Report on lock hospitals in British Burma
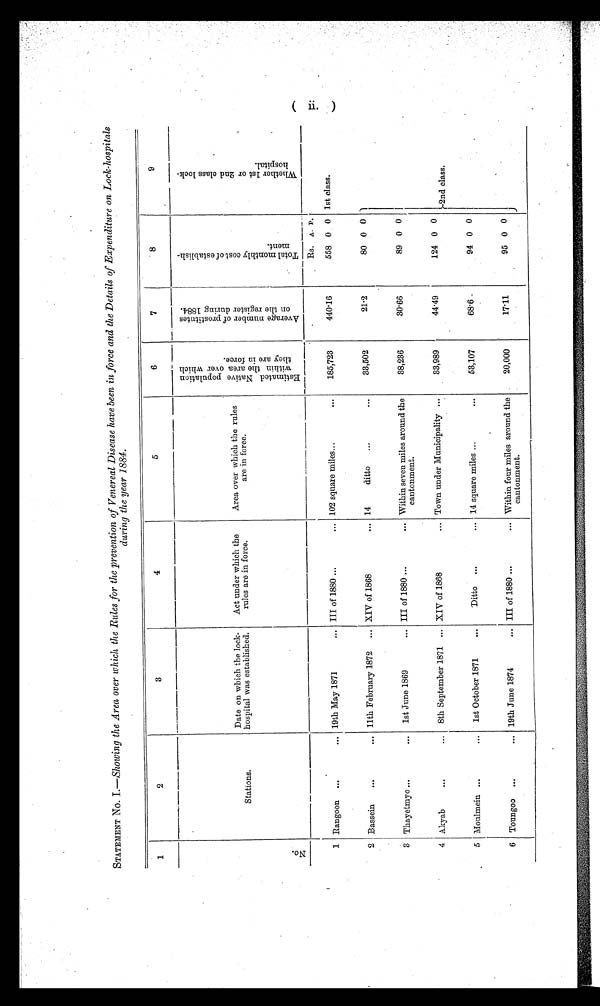
( ii )
STATEMENT No. 1.—Showing the Area over which the Rules for the prevention of Venereal Disease have been in force and the Details of Expenditure on Lock-hospitals
during the year 1884.
1
2
3
4
5
6
7
8
9
S t a t i o n s .
Date on which the lock-
hospital was established.
Act under which the
rules are in force.
Area over which the rule
are in force
E s t i m a t e d N a t i v e p o p u l a t i o n
w i t h i n t h e a r e a o v e r w h i c h
t h e y a r e i n f o r c e .
A v e r a g e n u m b e r o f p r o s t i t u t e s o n t h e r e g i s t e r d u r i n g 1 8 8 4 .
T o t a l m o n t h l y c o s t o f e s t a b l i s h -
m e n t .
W h e t h e r 1 s t o r 2 n d c l a s s l o c k - h o s p i t a l .
1 Rangoon ...
... 19th May 1871
... III of 1880 ...
... 102 square miles...
...
185,723
440.16
Rs. A. P.
1st class.
2nd class.
558 0 0
2 Bassein
...
... 11th February 1872 ... XIV of 1868
... 14
ditto
...
...
33,502
21.2
80 0 0
3 Thayetmyo ...
... 1st June 1869
... III of 1880 ...
... Within seven miles around the
cantonment.
38,236
30.66
89 0 0
4 Akyab
...
... 8th September 1871 ... XIV of 1868
... Town under Municipality ...
33,989
4449
124 0 0
5 Moulmein ...
... 1st October 1871
...
Ditto ...
... 14 square miles ...
...
53,107
68.6 .
94 0 0
6 Toungoo ...
... 19th June 1874
... III of 1880 ...
... Within four miles around the
cantonment.
20,000
17.11
95 0 0